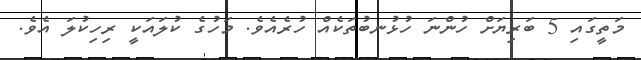
މަތީގައި 5 ބަރިޔަށް ހުންނަ ހުޅުނބުތަކެއް ހުރެއެވެ. މަހުގެ ކުލައަކީ ރިހިކުލަ އެވެ.